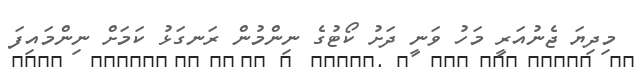
މިދިޔަ ޖެނުއަރީ މަހު ވަނީ ދަށު ކޯޓުގެ ނިންމުން ރަނގަޅު ކަމަށް ނިންމައިފަ